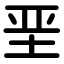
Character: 垩